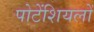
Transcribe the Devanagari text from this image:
पोटेंशियलों